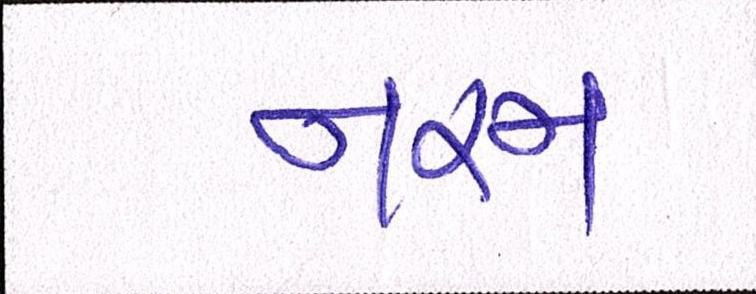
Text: નરમ